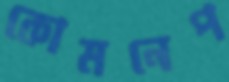
কোমনেপ